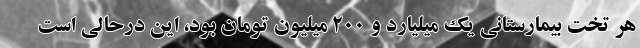
هر تخت بیمارستانی یک میلیارد و ۲۰۰ میلیون تومان بود، این درحالی است